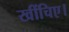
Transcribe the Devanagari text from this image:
खींचिए।